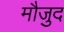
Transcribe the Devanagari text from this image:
माैजुद